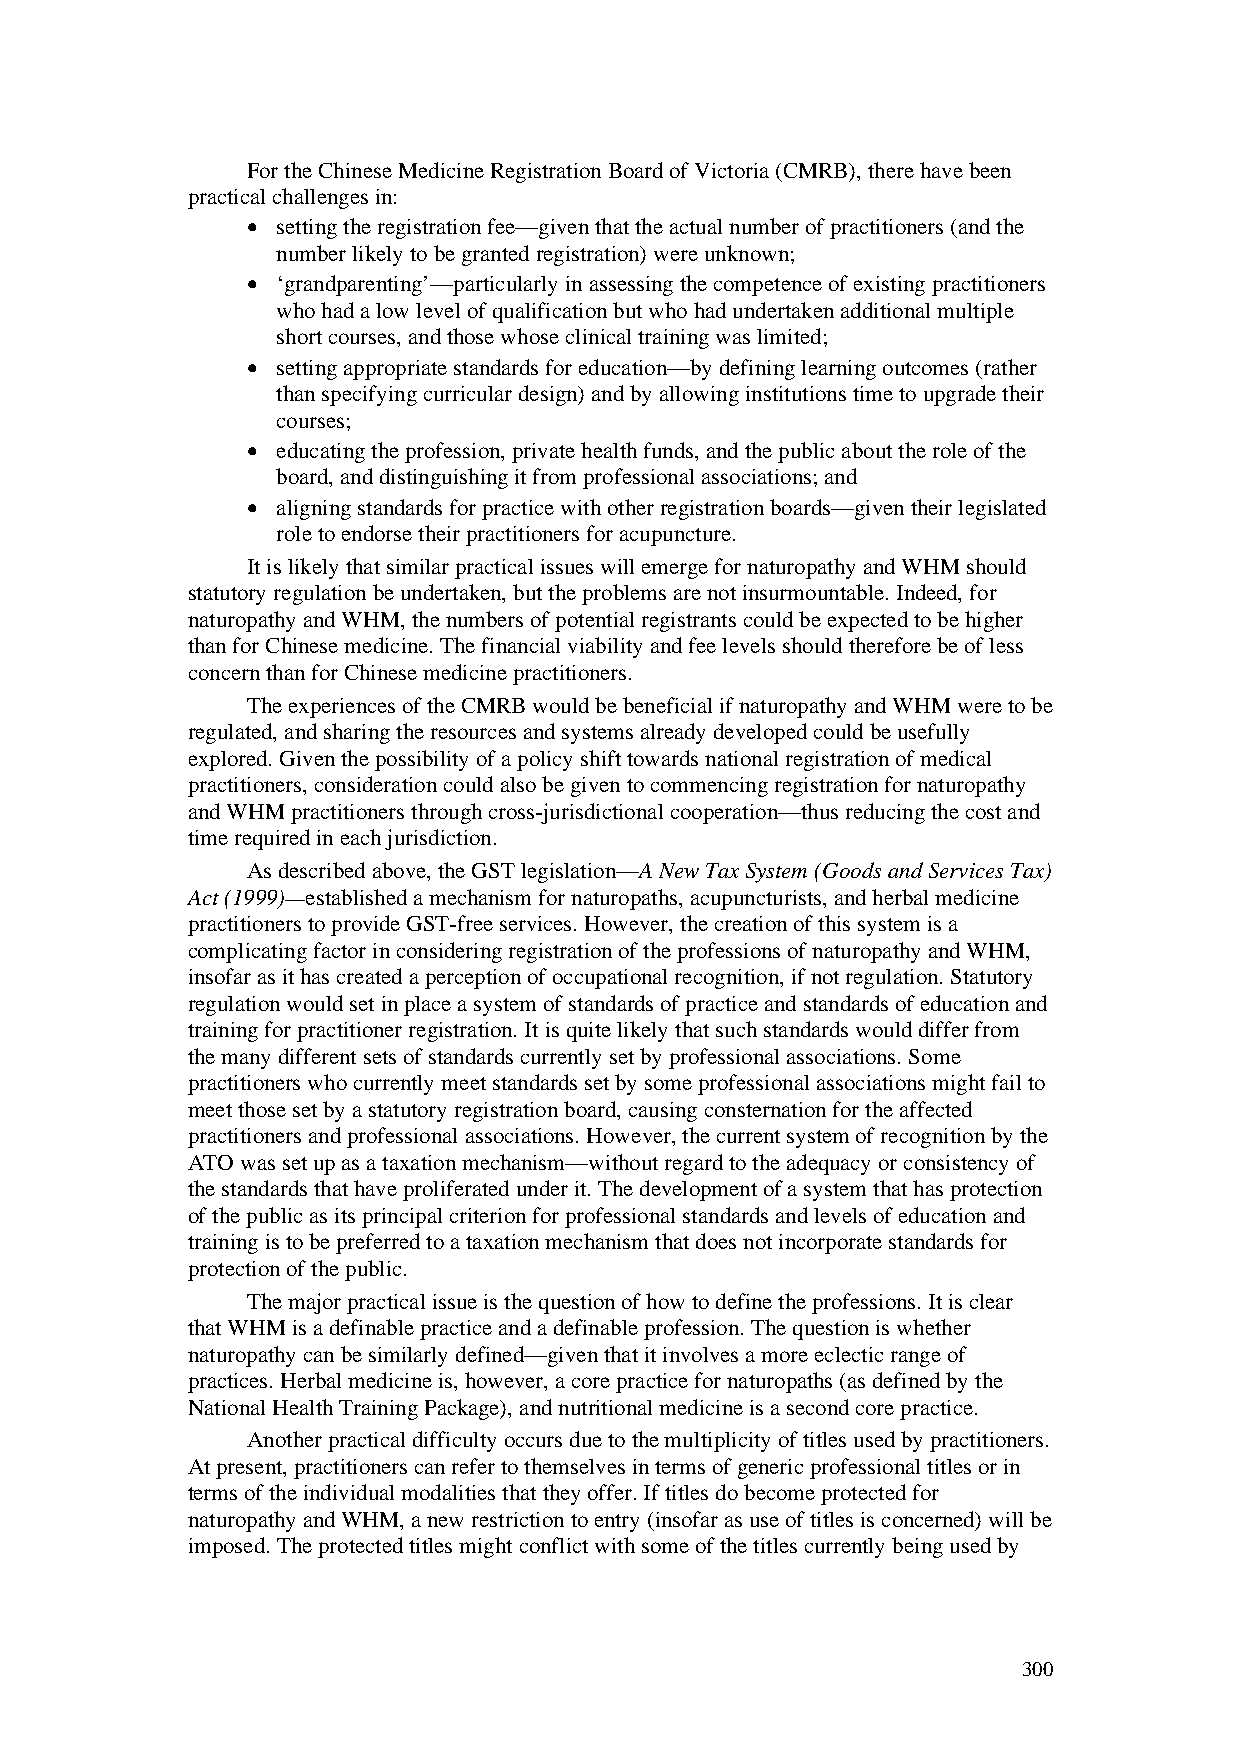
For the Chinese Medicine Registration Board of Victoria (CMRB), there have been
 practical challenges in:
 • setting the registration fee—given that the actual number of practitioners (and the
 number likely to be granted registration) were unknown;
 • ‘grandparenting’—particularly in assessing the competence of existing practitioners
 who had a low level of qualification but who had undertaken additional multiple
 short courses, and those whose clinical training was limited;
 • setting appropriate standards for education—by defining learning outcomes (rather
 than specifying curricular design) and by allowing institutions time to upgrade their
 courses;
 • educating the profession, private health funds, and the public about the role of the
 board, and distinguishing it from professional associations; and
 • aligning standards for practice with other registration boards—given their legislated
 role to endorse their practitioners for acupuncture.
 It is likely that similar practical issues will emerge for naturopathy and WHM should
 statutory regulation be undertaken, but the problems are not insurmountable. Indeed, for
 naturopathy and WHM, the numbers of potential registrants could be expected to be higher
 than for Chinese medicine. The financial viability and fee levels should therefore be of less
 concern than for Chinese medicine practitioners.
 The experiences of the CMRB would be beneficial if naturopathy and WHM were to be
 regulated, and sharing the resources and systems already developed could be usefully
 explored. Given the possibility of a policy shift towards national registration of medical
 practitioners, consideration could also be given to commencing registration for naturopathy
 and WHM practitioners through cross-jurisdictional cooperation—thus reducing the cost and
 time required in each jurisdiction.
 As described above, the GST legislation—A New Tax System (Goods and Services Tax)
 Act (1999)—established a mechanism for naturopaths, acupuncturists, and herbal medicine
 practitioners to provide GST-free services. However, the creation of this system is a
 complicating factor in considering registration of the professions of naturopathy and WHM,
 insofar as it has created a perception of occupational recognition, if not regulation. Statutory
 regulation would set in place a system of standards of practice and standards of education and
 training for practitioner registration. It is quite likely that such standards would differ from
 the many different sets of standards currently set by professional associations. Some
 practitioners who currently meet standards set by some professional associations might fail to
 meet those set by a statutory registration board, causing consternation for the affected
 practitioners and professional associations. However, the current system of recognition by the
 ATO was set up as a taxation mechanism—without regard to the adequacy or consistency of
 the standards that have proliferated under it. The development of a system that has protection
 of the public as its principal criterion for professional standards and levels of education and
 training is to be preferred to a taxation mechanism that does not incorporate standards for
 protection of the public.
 The major practical issue is the question of how to define the professions. It is clear
 that WHM is a definable practice and a definable profession. The question is whether
 naturopathy can be similarly defined—given that it involves a more eclectic range of
 practices. Herbal medicine is, however, a core practice for naturopaths (as defined by the
 National Health Training Package), and nutritional medicine is a second core practice.
 Another practical difficulty occurs due to the multiplicity of titles used by practitioners.
 At present, practitioners can refer to themselves in terms of generic professional titles or in
 terms of the individual modalities that they offer. If titles do become protected for
 naturopathy and WHM, a new restriction to entry (insofar as use of titles is concerned) will be
 imposed. The protected titles might conflict with some of the titles currently being used by
 300